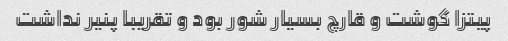
پیتزا گوشت و قارچ بسیار شور بود و تقریبا پنیر نداشت